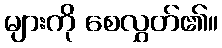
များကို စေလွှတ်၏။